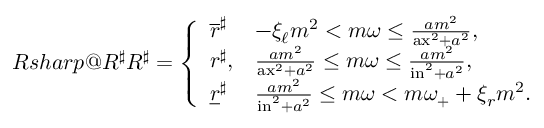
\index { R s h a r p @ R ^ { \sharp } } R ^ { \sharp } = \left\{ \begin{array} { l l } { \overline { { r } } ^ { \sharp } } & { - \xi _ { \ell } m ^ { 2 } < m \omega \leq \frac { a m ^ { 2 } } { \mathrm { a x } ^ { 2 } + a ^ { 2 } } , } \\ { r ^ { \sharp } , } & { \frac { a m ^ { 2 } } { \mathrm { a x } ^ { 2 } + a ^ { 2 } } \leq m \omega \leq \frac { a m ^ { 2 } } { \mathrm { i n } ^ { 2 } + a ^ { 2 } } , } \\ { \underline { { r } } ^ { \sharp } } & { \frac { a m ^ { 2 } } { \mathrm { i n } ^ { 2 } + a ^ { 2 } } \leq m \omega < m \omega _ { + } + \xi _ { r } m ^ { 2 } . } \end{array} \right.